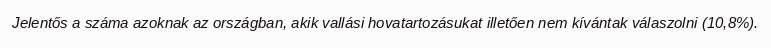
Jelentős a száma azoknak az országban, akik vallási hovatartozásukat illetően nem kívántak válaszolni (10,8%).